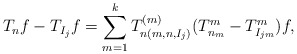
\begin{align*}T_n f - T_{I_{j}} f =\sum_{m=1}^k T_{n(m,n,I_{j})}^{(m)} (T_{n_{m}}^{m} - T_{I_{jm}}^{m}) f,\end{align*}